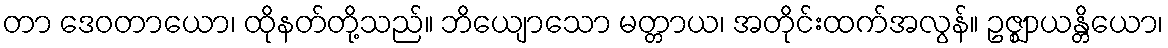
တာ ဒေဝတာယော၊ ထိုနတ်တို့သည်။ ဘိယျောသော မတ္တာယ၊ အတိုင်းထက်အလွန်။ ဥဇ္ဈာယန္တိယော၊